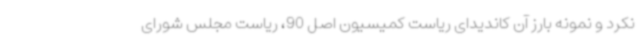
نکرد و نمونه بارز آن کاندیدای ریاست کمیسیون اصل 90، ریاست مجلس شورای